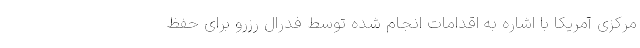
مرکزی آمریکا با اشاره به اقدامات انجام شده توسط فدرال رزرو برای حفظ